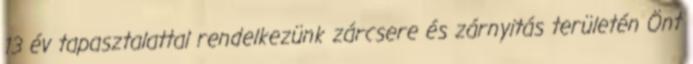
13 év tapasztalattal rendelkezünk zárcsere és zárnyitás területén Önt